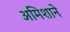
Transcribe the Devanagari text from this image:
अमिशाने